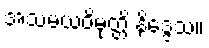
အသမယဝိမုတ္တိ နိဒ္ဒေသ။